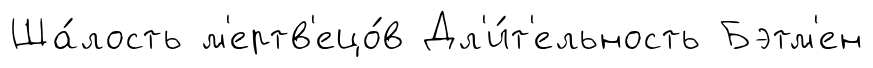
Ша́лость м'ертв'ецо́в Дл'и́т'ельность Бэтм'ен